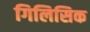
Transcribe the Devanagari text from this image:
गिलिसिक